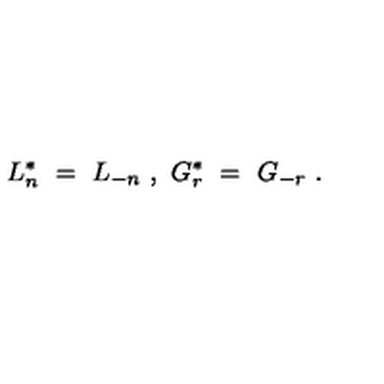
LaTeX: L _ { n } ^ { * } \ = \ L _ { - n } \ , \ G _ { r } ^ { * } \ = \ G _ { - r } \ .